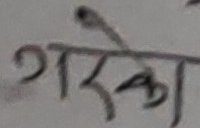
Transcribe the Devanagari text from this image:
गर्का